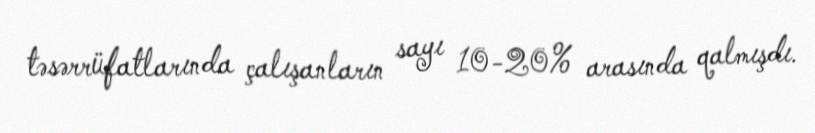
təsərrüfatlarında çalışanların sayı 10-20% arasında qalmışdı.